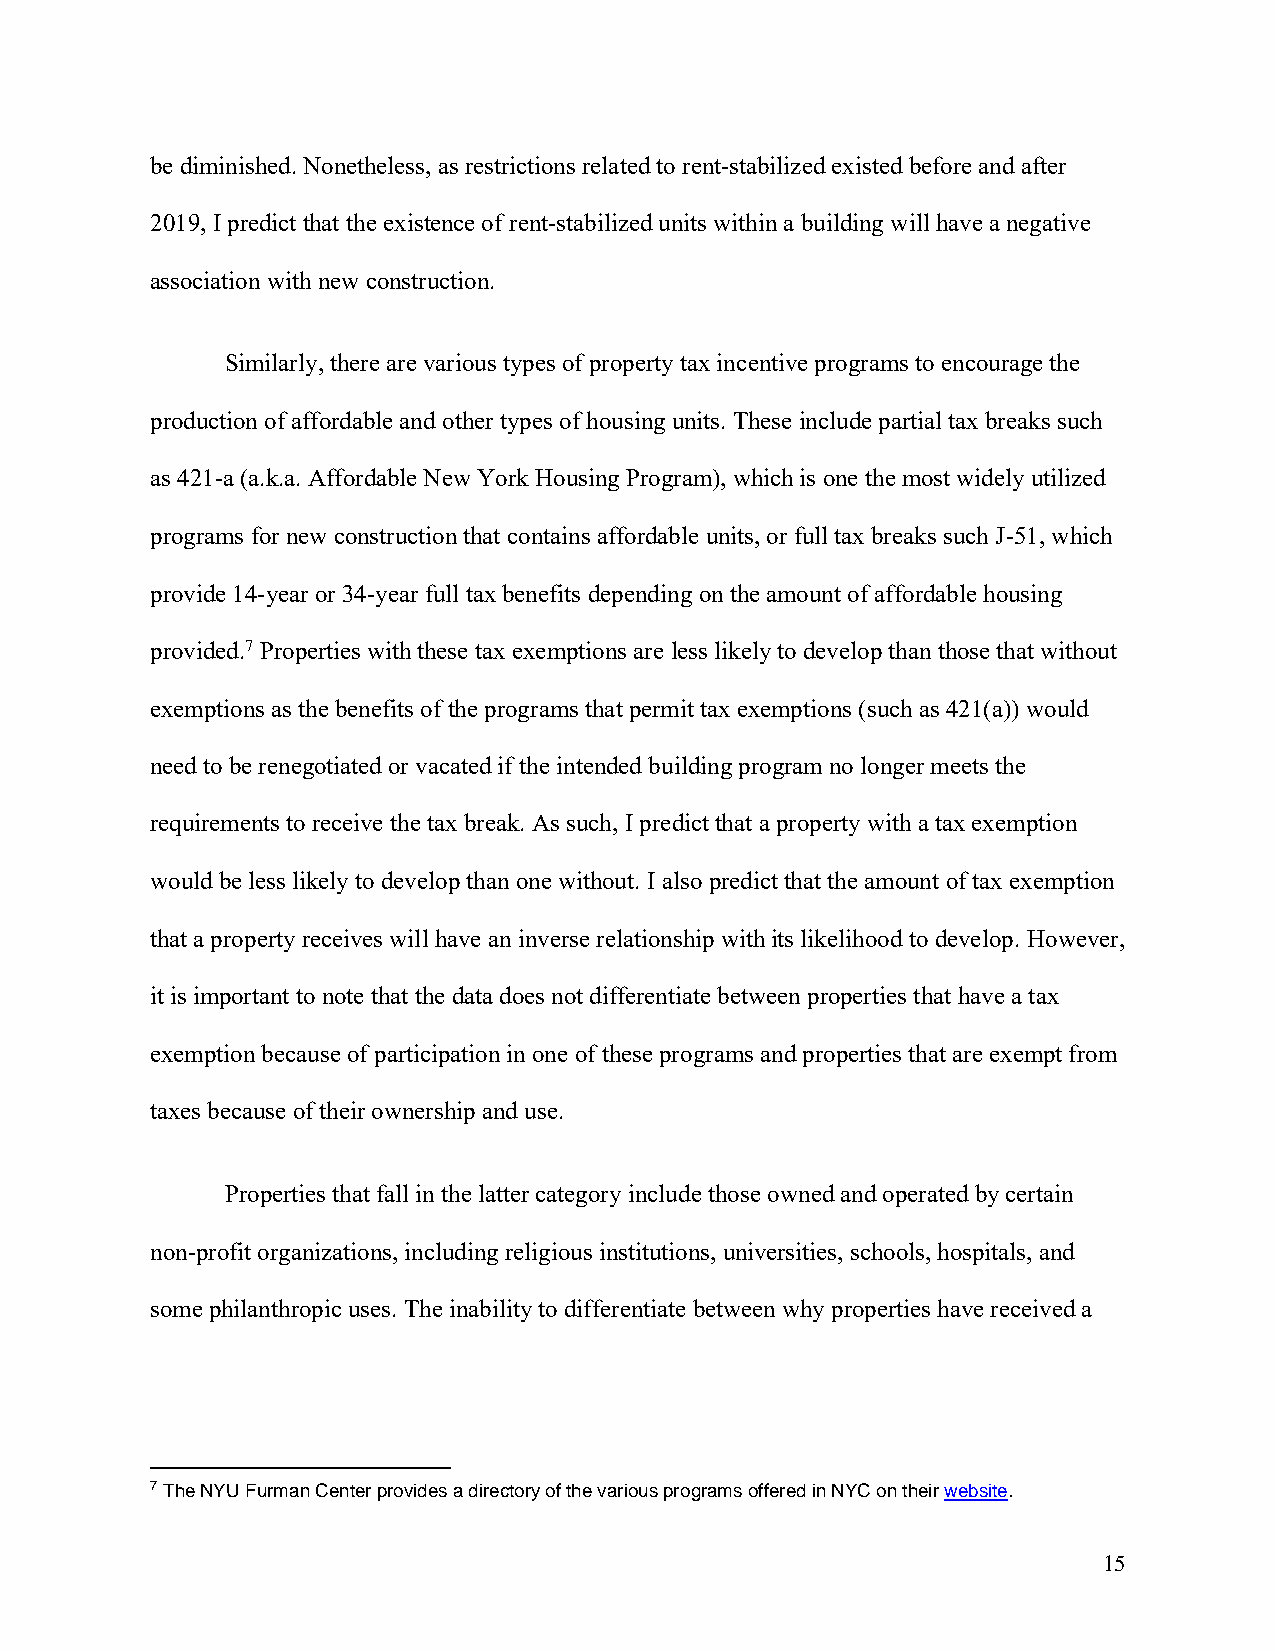
be diminished. Nonetheless, as restrictions related to rent-stabilized existed before and after
 2019, I predict that the existence of rent-stabilized units within a building will have a negative
 association with new construction.
 Similarly, there are various types of property tax incentive programs to encourage the
 production of affordable and other types of housing units. These include partial tax breaks such
 as 421-a (a.k.a. Affordable New York Housing Program), which is one the most widely utilized
 programs for new construction that contains affordable units, or full tax breaks such J-51, which
 provide 14-year or 34-year full tax benefits depending on the amount of affordable housing
 provided.7 Properties with these tax exemptions are less likely to develop than those that without
 exemptions as the benefits of the programs that permit tax exemptions (such as 421(a)) would
 need to be renegotiated or vacated if the intended building program no longer meets the
 requirements to receive the tax break. As such, I predict that a property with a tax exemption
 would be less likely to develop than one without. I also predict that the amount of tax exemption
 that a property receives will have an inverse relationship with its likelihood to develop. However,
 it is important to note that the data does not differentiate between properties that have a tax
 exemption because of participation in one of these programs and properties that are exempt from
 taxes because of their ownership and use.
 Properties that fall in the latter category include those owned and operated by certain
 non-profit organizations, including religious institutions, universities, schools, hospitals, and
 some philanthropic uses. The inability to differentiate between why properties have received a
 7 The NYU Furman Center provides a directory of the various programs offered in NYC on their website.
 15